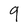
Character: 9